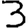
Digit: 3